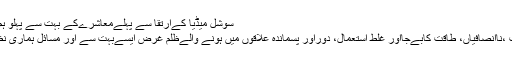
سوشل میڈیا کےارتقا سے پہلےمعاشرےکے بہت سے پہلو ہم سے چھپے رہتے تھے
بہت سے جرائم ، حادثات ،ناانصافیاں، طاقت کابےجااور غلط استعمال، دوراور پسماندہ علاقوں میں ہونے والےظلم غرض ایسےبہت سے اور مسائل ہماری نظروں سے اوجھل رہتے۔